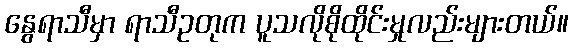
နွေရာသီမှာ ရာသီဥတုက ပူသလိုစိုထိုင်းမှုလည်းများတယ်။